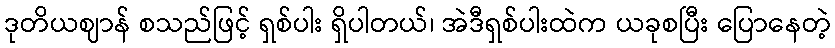
ဒုတိယဈာန် စသည်ဖြင့် ရှစ်ပါး ရှိပါတယ်၊ အဲဒီရှစ်ပါးထဲက ယခုစပြီး ပြောနေတဲ့